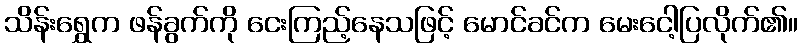
သိန်းရွှေက ဖန်ခွက်ကို ငေးကြည့်နေသဖြင့် မောင်ခင်က မေးငေါ့ပြလိုက်၏။